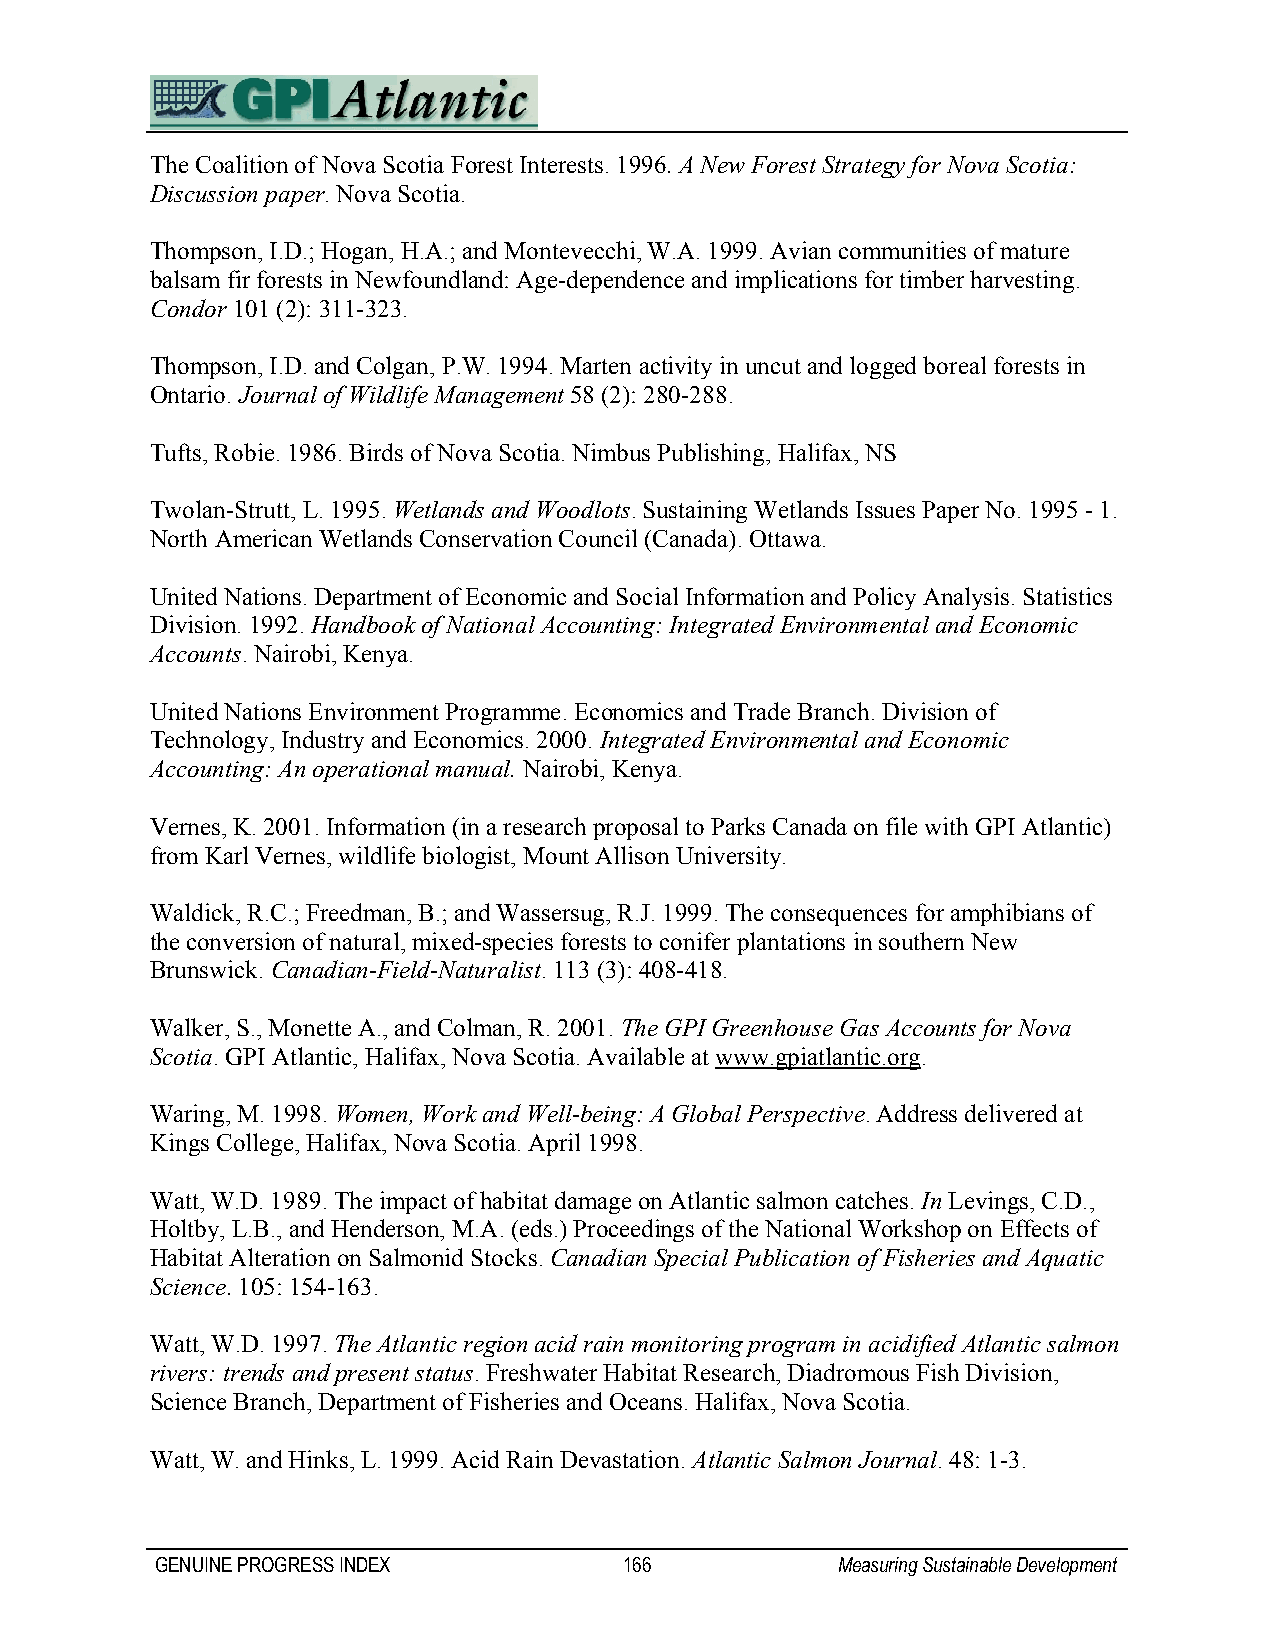
The Coalition of Nova Scotia Forest Interests. 1996. A New Forest Strategy for Nova Scotia:
 Discussion paper. Nova Scotia.
 Thompson, I.D.; Hogan, H.A.; and Montevecchi, W.A. 1999. Avian communities of mature
 balsam fir forests in Newfoundland: Age-dependence and implications for timber harvesting.
 Condor 101 (2): 311-323.
 Thompson, I.D. and Colgan, P.W. 1994. Marten activity in uncut and logged boreal forests in
 Ontario. Journal of Wildlife Management 58 (2): 280-288.
 Tufts, Robie. 1986. Birds of Nova Scotia. Nimbus Publishing, Halifax, NS
 Twolan-Strutt, L. 1995. Wetlands and Woodlots. Sustaining Wetlands Issues Paper No. 1995 - 1.
 North American Wetlands Conservation Council (Canada). Ottawa.
 United Nations. Department of Economic and Social Information and Policy Analysis. Statistics
 Division. 1992. Handbook of National Accounting: Integrated Environmental and Economic
 Accounts. Nairobi, Kenya.
 United Nations Environment Programme. Economics and Trade Branch. Division of
 Technology, Industry and Economics. 2000. Integrated Environmental and Economic
 Accounting: An operational manual. Nairobi, Kenya.
 Vernes, K. 2001. Information (in a research proposal to Parks Canada on file with GPI Atlantic)
 from Karl Vernes, wildlife biologist, Mount Allison University.
 Waldick, R.C.; Freedman, B.; and Wassersug, R.J. 1999. The consequences for amphibians of
 the conversion of natural, mixed-species forests to conifer plantations in southern New
 Brunswick. Canadian-Field-Naturalist. 113 (3): 408-418.
 Walker, S., Monette A., and Colman, R. 2001. The GPI Greenhouse Gas Accounts for Nova
 Scotia. GPI Atlantic, Halifax, Nova Scotia. Available at www.gpiatlantic.org.
 Waring, M. 1998. Women, Work and Well-being: A Global Perspective. Address delivered at
 Kings College, Halifax, Nova Scotia. April 1998.
 Watt, W.D. 1989. The impact of habitat damage on Atlantic salmon catches. In Levings, C.D.,
 Holtby, L.B., and Henderson, M.A. (eds.) Proceedings of the National Workshop on Effects of
 Habitat Alteration on Salmonid Stocks. Canadian Special Publication of Fisheries and Aquatic
 Science. 105: 154-163.
 Watt, W.D. 1997. The Atlantic region acid rain monitoring program in acidified Atlantic salmon
 rivers: trends and present status. Freshwater Habitat Research, Diadromous Fish Division,
 Science Branch, Department of Fisheries and Oceans. Halifax, Nova Scotia.
 Watt, W. and Hinks, L. 1999. Acid Rain Devastation. Atlantic Salmon Journal. 48: 1-3.
 GENUINE PROGRESS INDEX         166           Measuring Sustainable Development